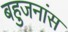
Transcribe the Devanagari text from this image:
बहुजनांस